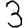
Digit: 3